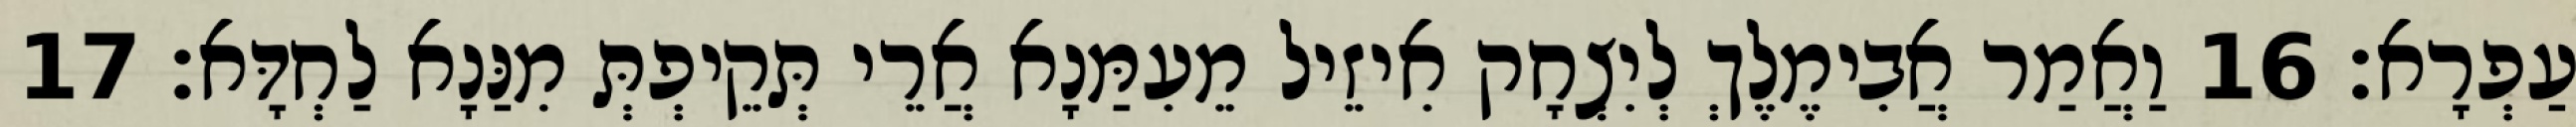
עַפְרָא׃ 16 וַאֲמַר אֲבִימֶלֶךְ לְיִצְחָק אִיזֵיל מֵעִמַּנָא אֲרֵי תְּקֵיפְתְּ מִנַּנָא לַחְדָּא׃ 17